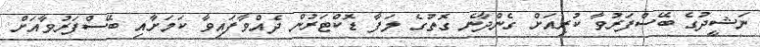
ނަޝީދުގެ ބޭސްފަރުވާ ކުރިއަށް ގެންދާނެ ގޮތުގެ ލަފާ ޑޮކްޓަރުން ދެއްވާފައިވާ ކަމަށާއި ބޭސްފަރުވާއަށް